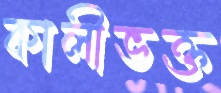
কালীভক্ত